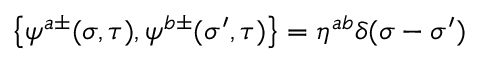
\left\{ \psi ^ { a \pm } ( \sigma , \tau ) , \psi ^ { b \pm } ( { \sigma } ^ { \prime } , \tau ) \right\} = \eta ^ { a b } \delta ( \sigma - { \sigma } ^ { \prime } )